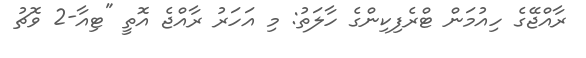
ރާއްޖޭގެ ހިއުމަން ޓްރެފިކިންގެ ހާލަތު: މި އަހަރު ރާއްޖެ އޮތީ "ޓިއާ-2 ވޮޗު